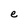
Character: e